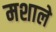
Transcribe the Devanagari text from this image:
मशाले